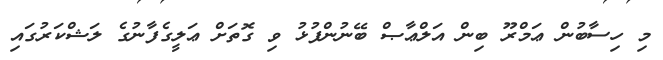
މި ހިސާބުން ޢަމްރޫ ބިން އަލްޢާޞް ބޭނުންފުޅު ވި ގޮތަށް ޢަލީގެފާނުގެ ލަޝްކަރުގައި